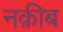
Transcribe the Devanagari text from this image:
नक़ीब